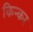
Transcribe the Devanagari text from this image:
किन्कर